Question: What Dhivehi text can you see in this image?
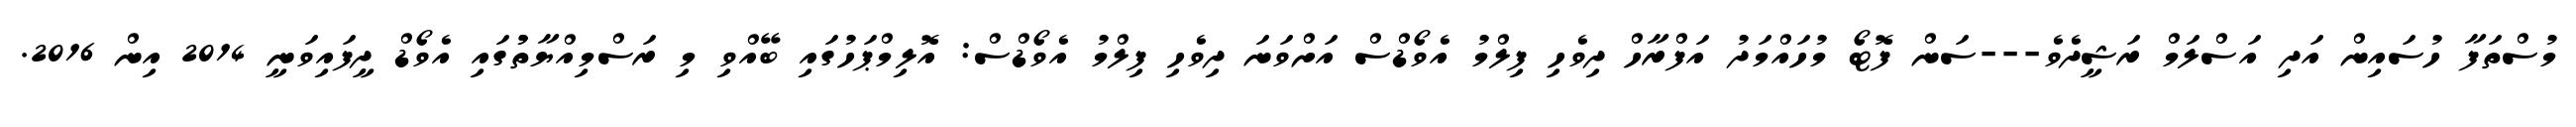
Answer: މުސްތަފާ ހުސައިން އަދި އަސްލަމް ރަޝީދެވެ---ސަން ފޮޓޯ މުހައްމަދު އަފްރާހް ދިވެހި ފިލްމު އެވޯޑްސް އަށްވަނަ ދިވެހި ފިލްމު އެވޯޑްސް: އޮލިމްޕަހުގައި ބޭއްވި މި ރަސްމިއްޔާތުުގައި އެވޯޑް ދީފައިވަނީ 2014 އިން 2016.